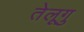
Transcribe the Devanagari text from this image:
तेलूगु